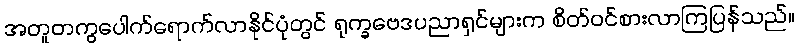
အတူတကွပေါက်ရောက်လာနိုင်ပုံတွင် ရုက္ခဗေဒပညာရှင်များက စိတ်ဝင်စားလာကြပြန်သည်။